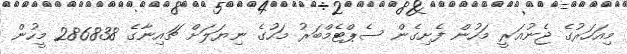
މިއަހަރުގެ ޖެނުއަރީ މަހުން ފެށިގެން ސެޕްޓެމްބަރު މަހުގެ ނިޔަލަށް ޗައިނާގެ 286838 މީހުން